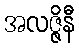
အလဇ္ဇိနီ